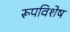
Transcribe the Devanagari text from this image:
रूपविशेष